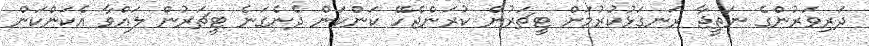
ދަރިވަރުންގެ ނަތީޖާ ރަނގަޅުކުރުމަށް ޓީޗަރުން ކުރަންޖެހޭ ކަންކަން ދެނެގަނެ ޓީޗަރުން ލައްވާ އެކަންކަން